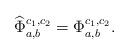
LaTeX: \begin{align*}\widehat{\Phi}^{c_1,c_2}_{a,b} = \Phi^{c_1,c_2}_{a,b}.\end{align*}